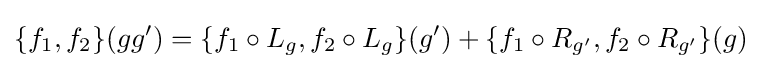
\{f_{1},f_{2}\}(gg')=\{f_{1}\circ L_{g},f_{2}\circ L_{g}\}(g')+\{f_{1}\circ R_{g^{\prime }},f_{2}\circ R_{g'}\}(g)